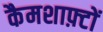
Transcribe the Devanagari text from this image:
कैमशाफ़्टों